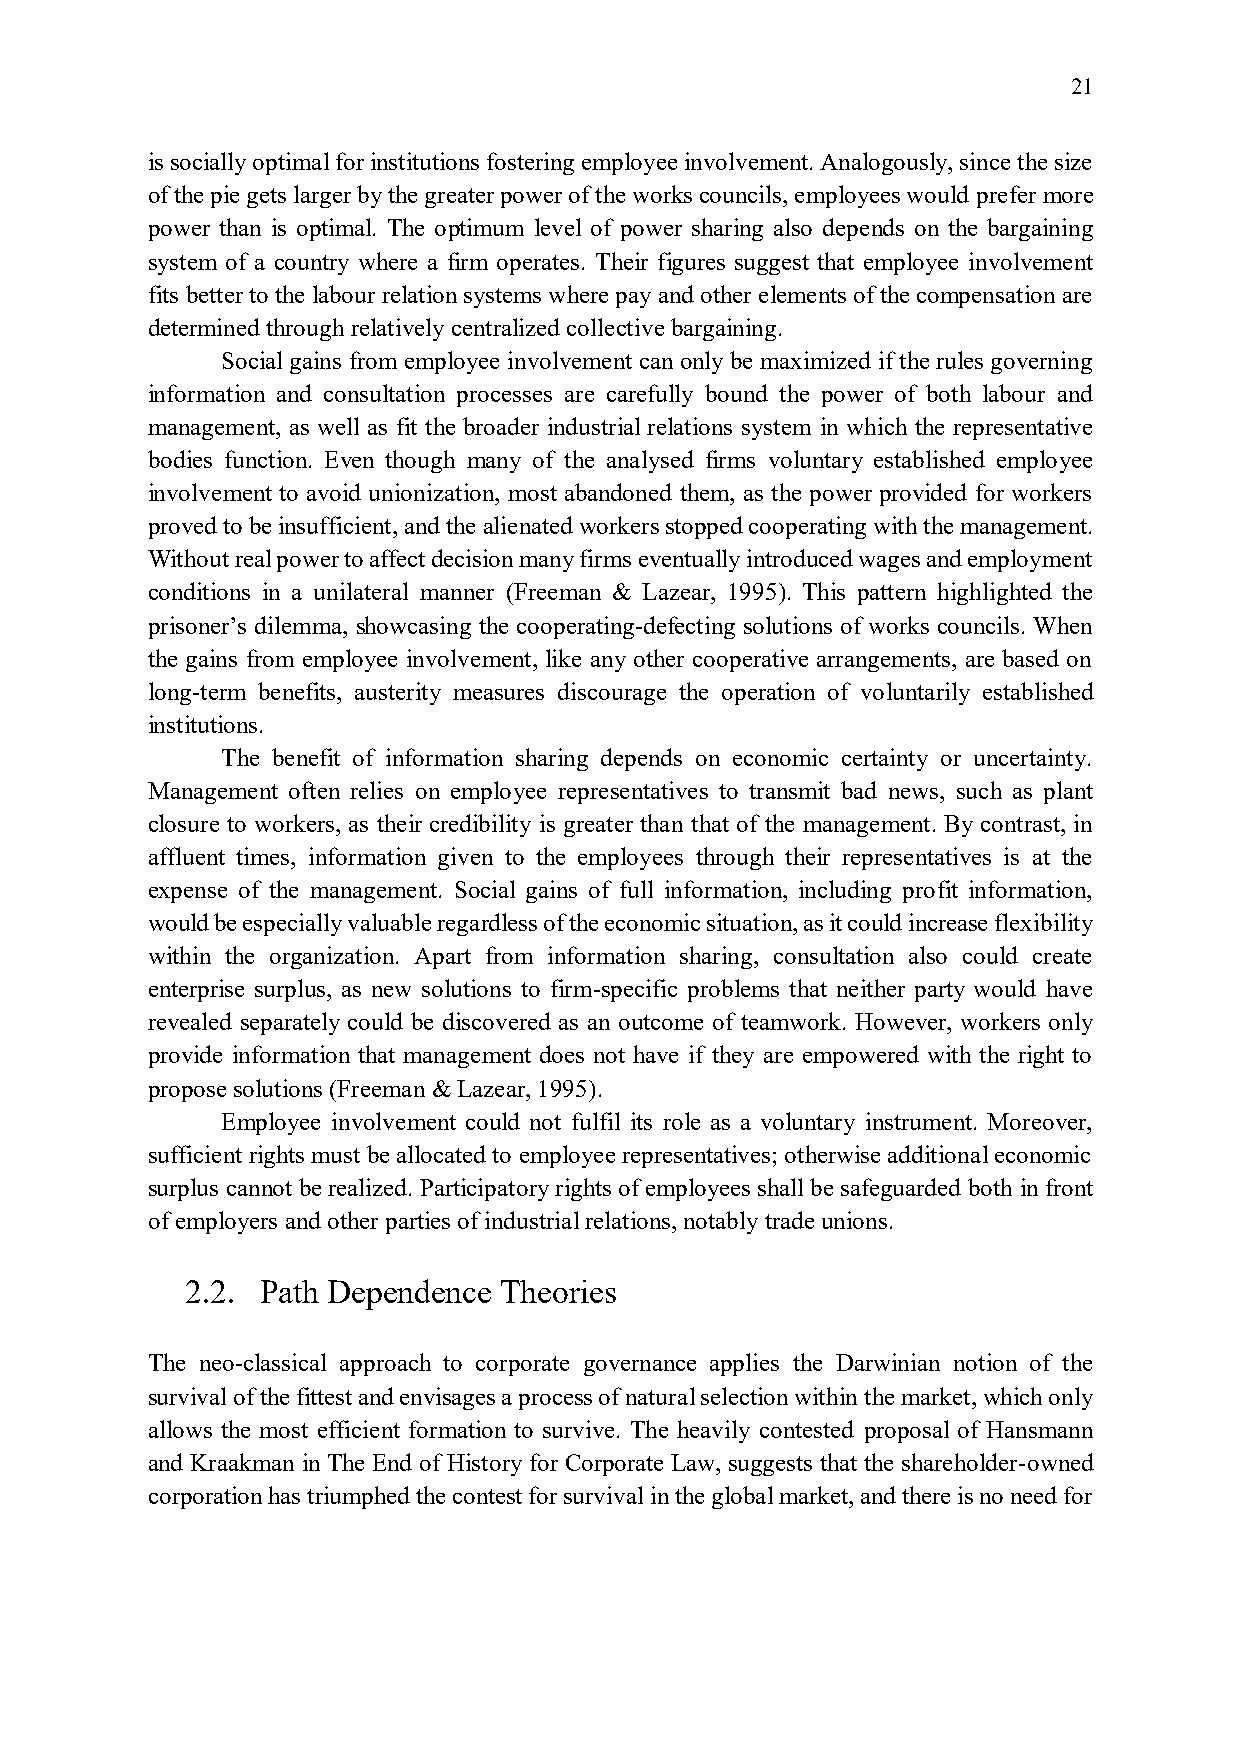
21
 is socially optimal for institutions fostering employee involvement. Analogously, since the size
 of the pie gets larger by the greater power of the works councils, employees would prefer more
 power than is optimal. The optimum level of power sharing also depends on the bargaining
 system of a country where a firm operates. Their figures suggest that employee involvement
 fits better to the labour relation systems where pay and other elements of the compensation are
 determined through relatively centralized collective bargaining.
 Social gains from employee involvement can only be maximized if the rules governing
 information and consultation processes are carefully bound the power of both labour and
 management, as well as fit the broader industrial relations system in which the representative
 bodies function. Even though many of the analysed firms voluntary established employee
 involvement to avoid unionization, most abandoned them, as the power provided for workers
 proved to be insufficient, and the alienated workers stopped cooperating with the management.
 Without real power to affect decision many firms eventually introduced wages and employment
 conditions in a unilateral manner (Freeman & Lazear, 1995). This pattern highlighted the
 prisoner’s dilemma, showcasing the cooperating-defecting solutions of works councils. When
 the gains from employee involvement, like any other cooperative arrangements, are based on
 long-term benefits, austerity measures discourage the operation of voluntarily established
 institutions.
 The benefit of information sharing depends on economic certainty or uncertainty.
 Management often relies on employee representatives to transmit bad news, such as plant
 closure to workers, as their credibility is greater than that of the management. By contrast, in
 affluent times, information given to the employees through their representatives is at the
 expense of the management. Social gains of full information, including profit information,
 would be especially valuable regardless of the economic situation, as it could increase flexibility
 within the organization. Apart from information sharing, consultation also could create
 enterprise surplus, as new solutions to firm-specific problems that neither party would have
 revealed separately could be discovered as an outcome of teamwork. However, workers only
 provide information that management does not have if they are empowered with the right to
 propose solutions (Freeman & Lazear, 1995).
 Employee involvement could not fulfil its role as a voluntary instrument. Moreover,
 sufficient rights must be allocated to employee representatives; otherwise additional economic
 surplus cannot be realized. Participatory rights of employees shall be safeguarded both in front
 of employers and other parties of industrial relations, notably trade unions.
 2.2. Path Dependence Theories
 The neo-classical approach to corporate governance applies the Darwinian notion of the
 survival of the fittest and envisages a process of natural selection within the market, which only
 allows the most efficient formation to survive. The heavily contested proposal of Hansmann
 and Kraakman in The End of History for Corporate Law, suggests that the shareholder-owned
 corporation has triumphed the contest for survival in the global market, and there is no need for